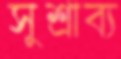
সুশ্রাব্য